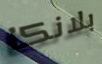
بلانكا